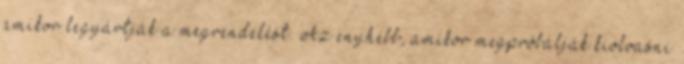
amikor legyártják a megrendelést. Az enyhébb, amikor megpróbálják kiolvasni